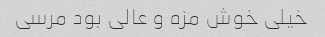
خیلی خوش مزه و عالی بود مرسی